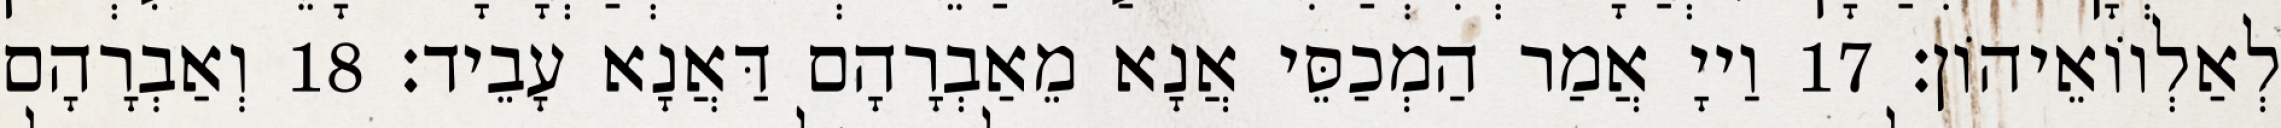
לְאַלְווֹאֵיהוֹן׃ 17 וַייָ אֲמַר הַמְכַסֵּי אֲנָא מֵאַבְרָהָם דַּאֲנָא עָבֵיד׃ 18 וְאַבְרָהָם